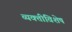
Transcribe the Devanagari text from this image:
व्यक्तीविशेष